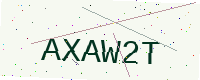
Text: AXAW2T